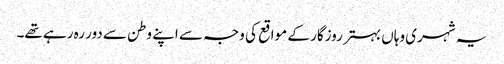
یہ شہری وہاں بہتر روزگار کے مواقع کی وجہ سے اپنے وطن سے دور رہ رہے تھے۔